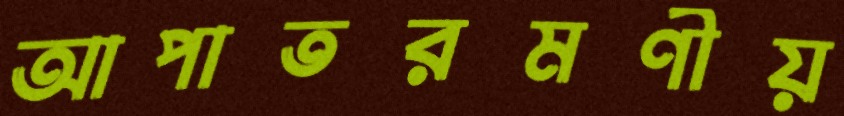
আপাতরমণীয়